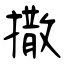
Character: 撒